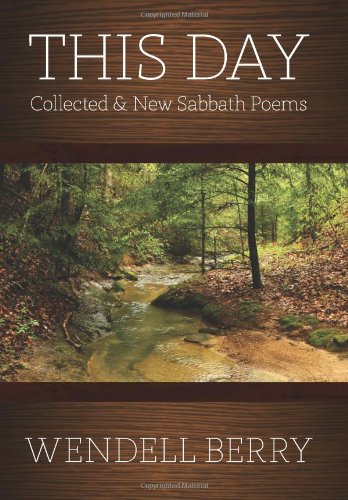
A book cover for This Day: Collected & New Sabbath Poems; Wendell Berry; Christian Books & Bibles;